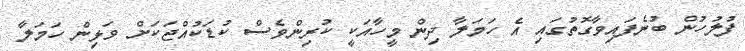
ފުލުހުން ބުނެފައިވާގޮތުގައި އެ ހަމަލާ ދިން މީހާއަކީ ކުރިންވެސް ކުޑަކުއްޖަކަށް ވަޅިން ހަމަލާ